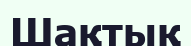
Шақтық